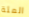
المئة